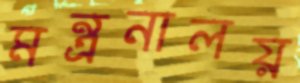
মন্ত্রনালয়